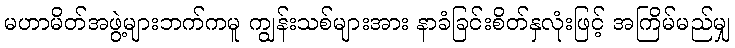
မဟာမိတ်အဖွဲ့များဘက်ကမူ ကျွန်းသစ်များအား နာခံခြင်းစိတ်နှလုံးဖြင့် အကြိမ်မည်မျှ